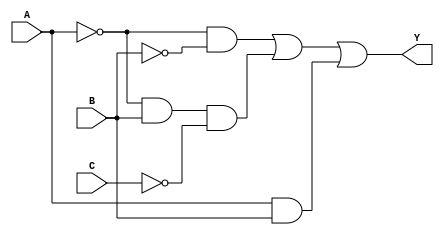
module combinational_logic_block (
    input wire A,  // Input variable A
    input wire B,  // Input variable B
    input wire C,  // Input variable C
    output wire Y  // Output of the Boolean function
);

// Internal signals for prime implicants
wire p1, p2, p3;

// Define the essential prime implicants
// Here we assume the following implicants based on the minterms:
// p1 = A'B'  (covers m0)
// p2 = A'BC' (covers m1, m2)
// p3 = AB    (covers m5, m6, m7)

// Define the logic for each essential prime implicant
assign p1 = ~A & ~B;       // A'B'
assign p2 = ~A & B & ~C;   // A'BC'
assign p3 = A & B;         // AB

// Combine the essential prime implicants using OR gate
assign Y = p1 | p2 | p3;    // Final output

endmodule